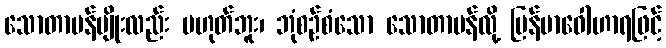
သောတာပန်မျိုးလည်း မဟုတ်ဘူး၊ ဘုံစဉ်စံသော သောတာပန်လို့ မြန်မာဝေါဟာရဖြင့်